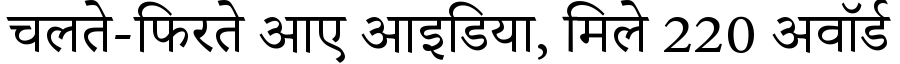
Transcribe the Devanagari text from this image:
चलते-फिरते आए आइडिया, मिले 220 अवॉर्ड